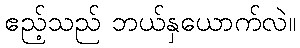
ဧည့်သည် ဘယ်နှယောက်လဲ။